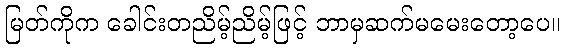
မြတ်ကိုက ခေါင်းတညိမ့်ညိမ့်ဖြင့် ဘာမှဆက်မမေးတော့ပေ။